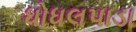
ધોધલપાડા